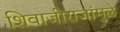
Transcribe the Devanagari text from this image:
शिवाजीराजांमुळे